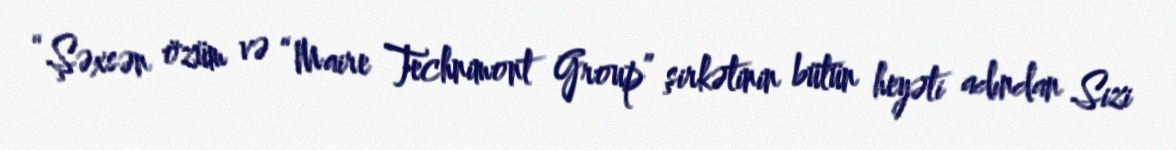
“Şəxsən özüm və “Maire Technimont Group” şirkətinin bütün heyəti adından Sizi